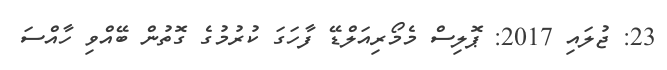
23: ޖުލައި 2017: ޕޮލިސް މެމޯރިއަލްޑޭ ފާހަގަ ކުރުމުގެ ގޮތުން ބޭއްވި ހާއްސަ